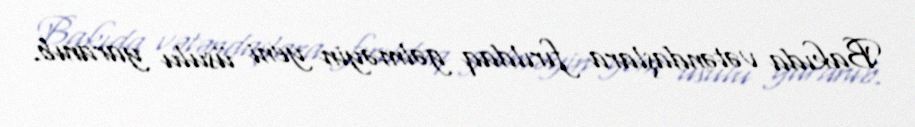
Bakıda vətəndaşlara fırıldaq gəlməyin yeni üsulu yaranıb.